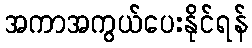
အကာအကွယ်ပေးနိုင်ရန်